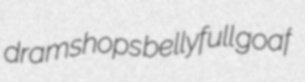
dramshops bellyfull goaf